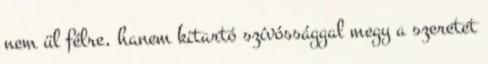
nem ül félre, hanem kitartó szívóssággal megy a szeretet